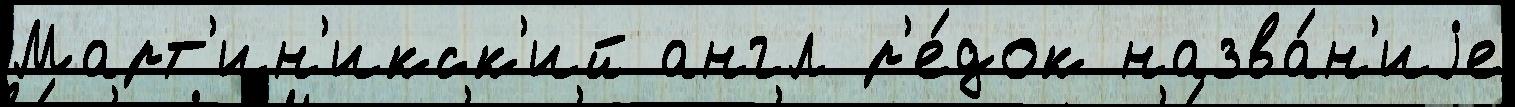
Март'ин'икск'ий англ р'е́док назва́н'иjе